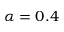
\alpha = 0 . 4